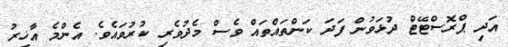
އަދި ޕްރޮސްޓޭޓް ދުޅަވުން ފަދަ ކަންތައްތައް ވެސް މެދުވެރި ކުރުވައެވެ. އެންމެ އާޚިރު